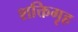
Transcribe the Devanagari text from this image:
शक्तिगृह